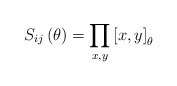
\begin{align*}S_{ij}\left( \theta \right) =\prod\limits_{x,y}\left[ x,y\right] _{\theta }\end{align*}